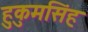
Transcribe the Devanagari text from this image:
हुकुमसिंह